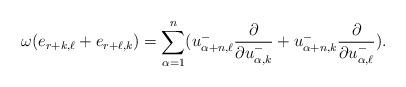
LaTeX: \begin{align*} \omega(e_{r+k,\ell}+e_{r+\ell,k}) =\sum_{\alpha=1}^n(u_{\alpha+n,\ell}^-\frac{\partial}{\partial u_{\alpha,k}^-}+u_{\alpha+n,k}^-\frac{\partial}{\partial u_{\alpha,\ell}^-}).\end{align*}